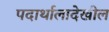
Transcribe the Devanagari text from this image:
पदार्थालादेखील